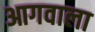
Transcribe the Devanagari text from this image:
आगवाला